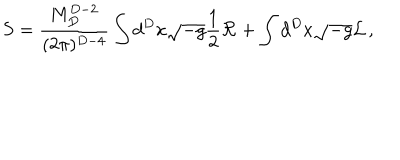
LaTeX: S = { \frac { M _ { D } ^ { D - 2 } } { ( 2 \pi ) ^ { D - 4 } } } \int d ^ { D } x \sqrt { - g } { \frac { 1 } { 2 } } { \cal R } + \int d ^ { D } x \sqrt { - g } { \cal L } \, ,